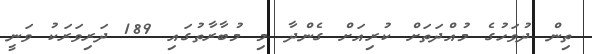
ތިން ދުވަހުގެ މުއްދަތަށް ކުރިއަށް ގެންދާ މި މުބާރާތުގައި 189 ދަރިވަރަކު ވަނީ